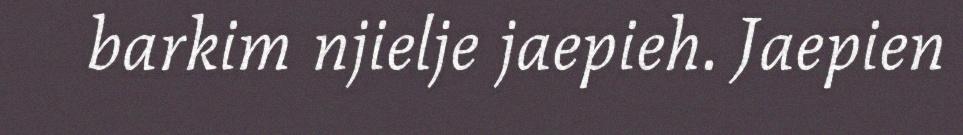
barkim njielje jaepieh. Jaepien